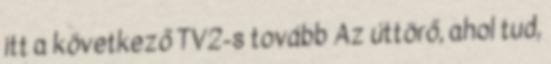
itt a következő TV2-s tovább Az úttörő, ahol tud,